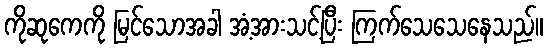
ကိုဆုကေကို မြင်သောအခါ အံ့အားသင့်ပြီး ကြက်သေသေနေသည်။